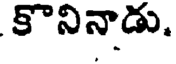
కొనినాడు.